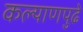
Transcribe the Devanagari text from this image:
कल्याणपुढे